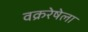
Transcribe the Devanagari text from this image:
वक्ररेषेला